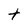
Character: t